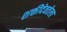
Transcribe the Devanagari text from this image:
शक्तीदेवतेला